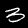
Digit: 3